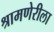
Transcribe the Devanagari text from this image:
श्रामणेरीला